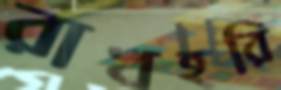
রাখহরি